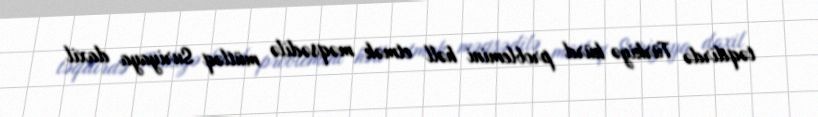
təqdirdə Türkiyə kürd problemini həll etmək məqsədilə mütləq Suriyaya daxil